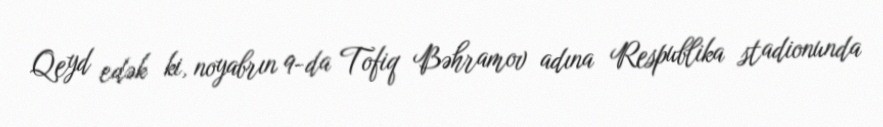
Qeyd edək ki, noyabrın 9-da Tofiq Bəhramov adına Respublika stadionunda